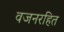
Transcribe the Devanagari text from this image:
वजनरहित